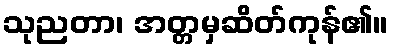
သုညတာ၊ အတ္တမှဆိတ်ကုန်၏။